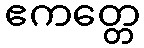
ဧကတ္တေ